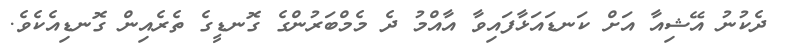
ދެކުނު އޭޝިއާ އަށް ކަނޑައަޅާފައިވާ އާއްމު ދެ މެމްބަރުންގެ ގޮނޑީގެ ތެރެއިން ގޮނޑިއެކެވެ.